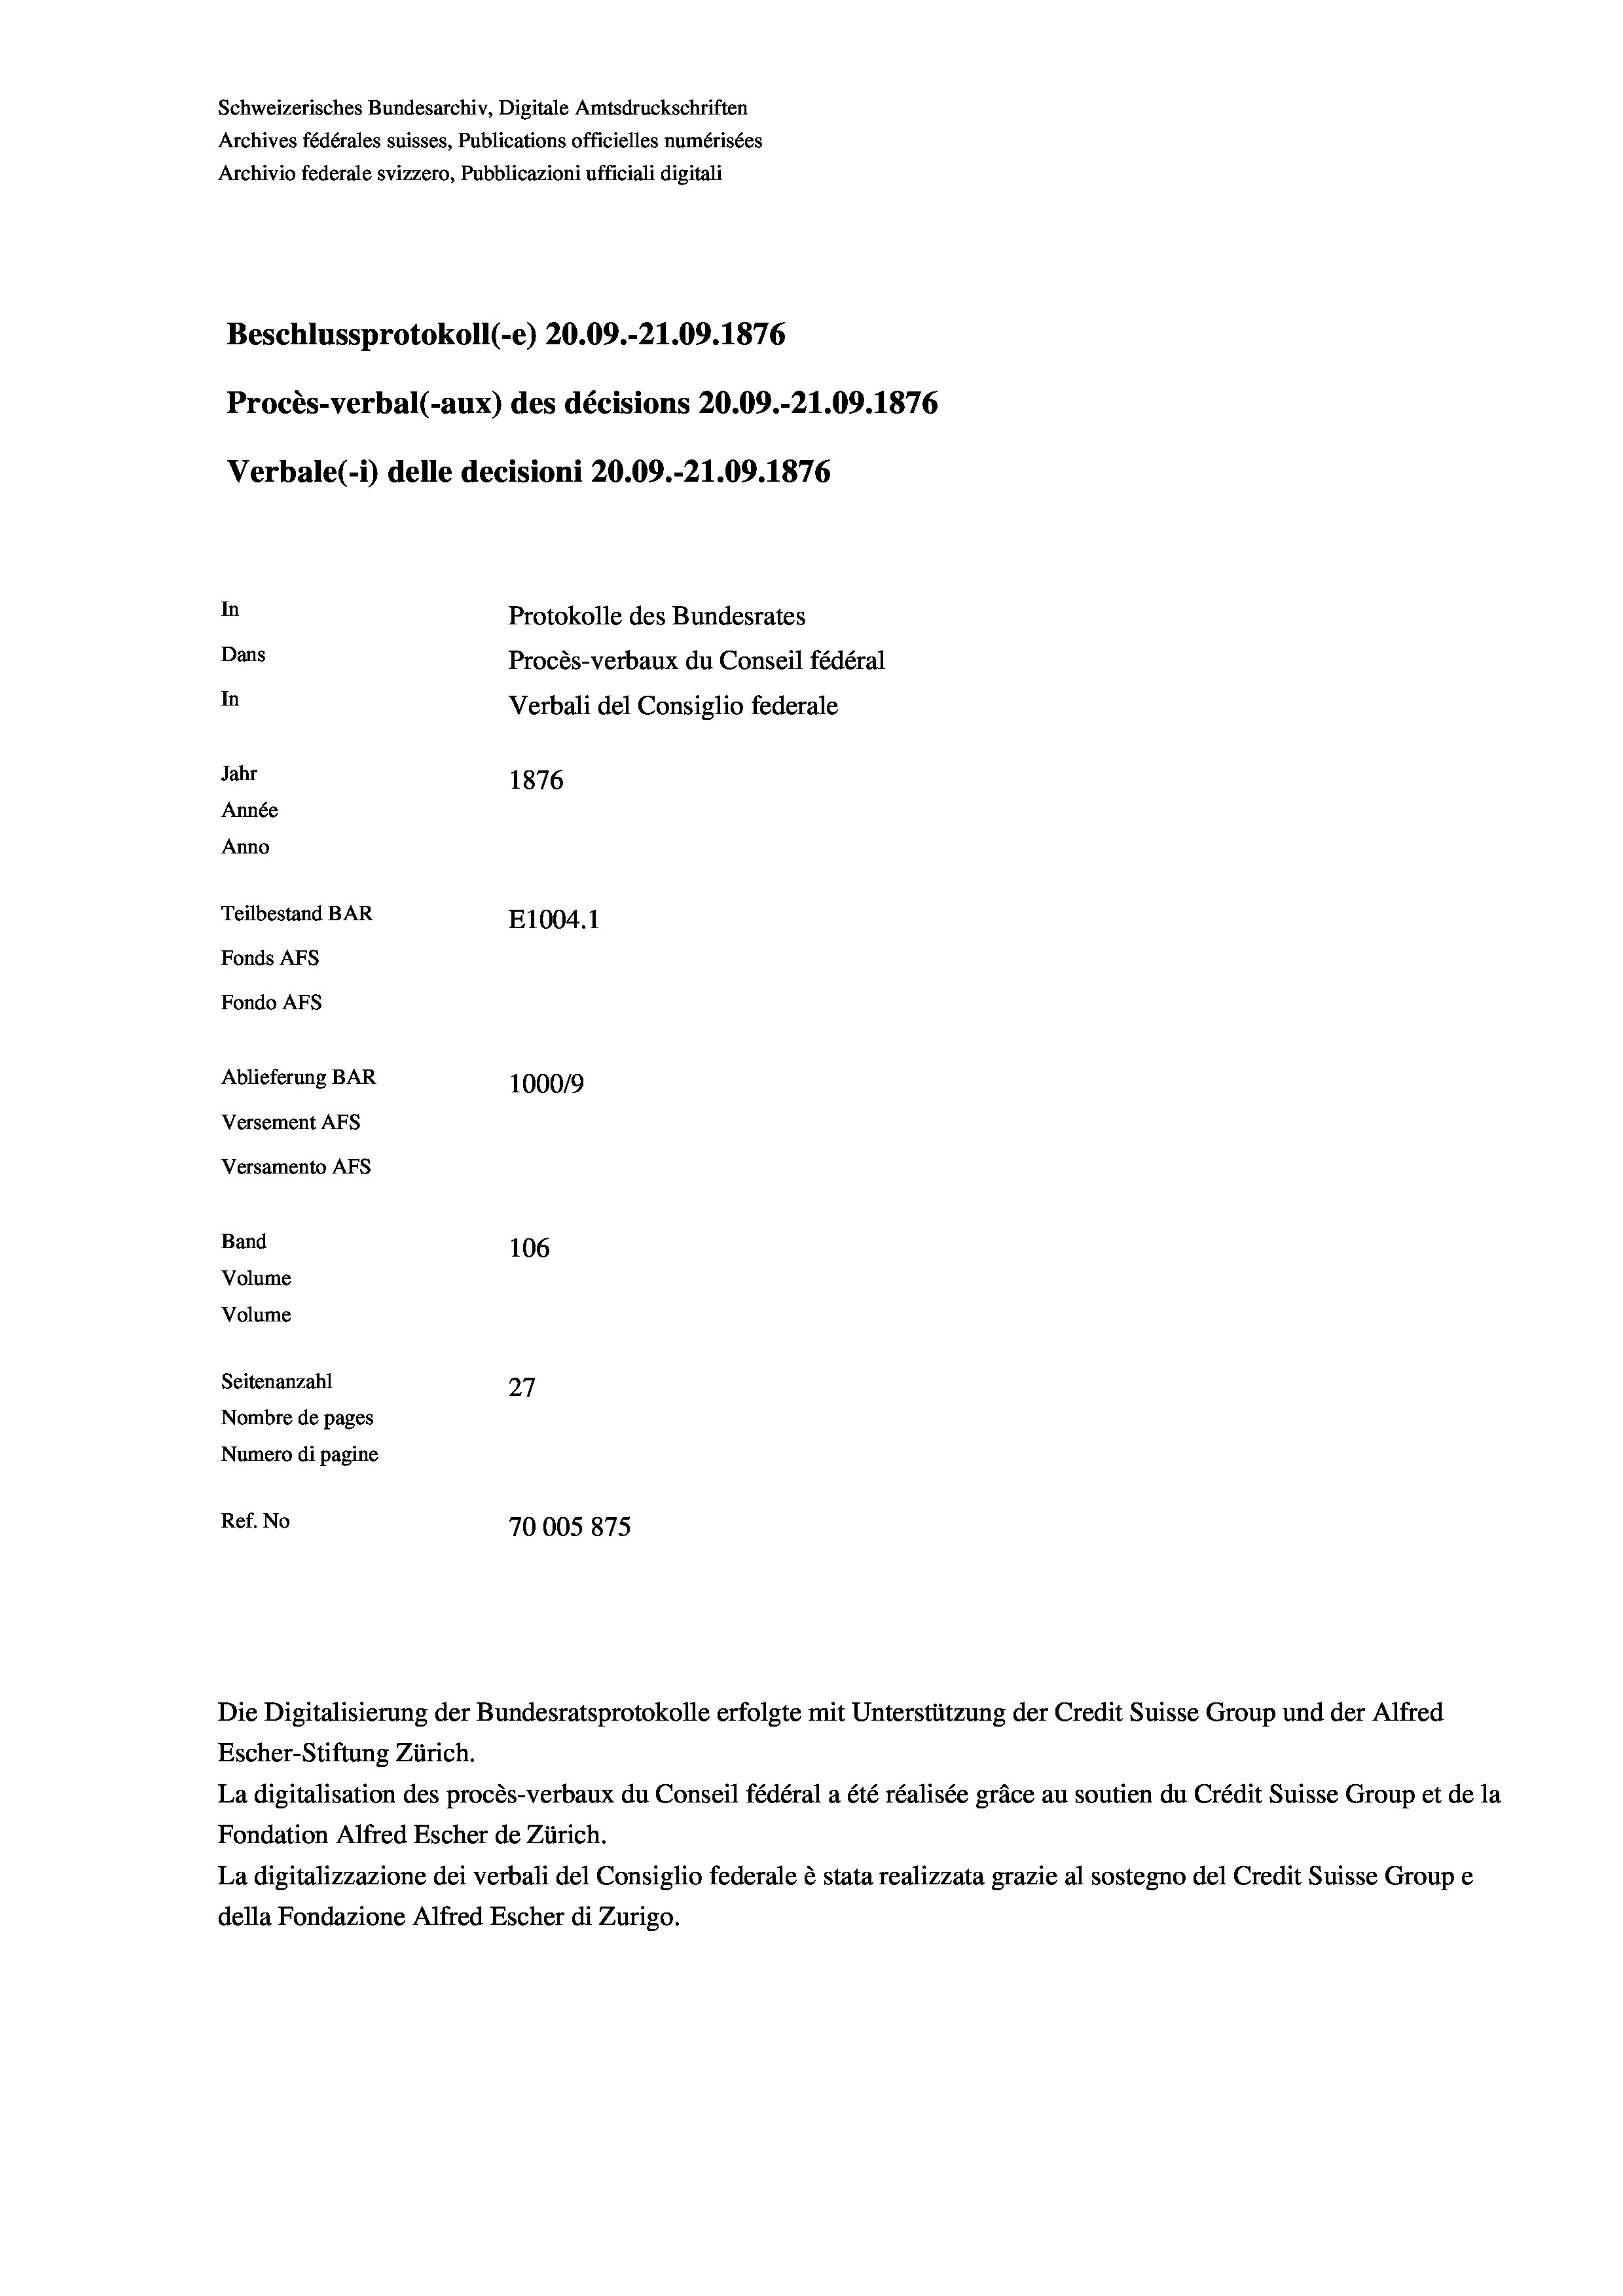
Schweizerisches Bundesarchiv, Digitale Amtsdruckschriften
Archives fédérales suisses, Publications officielles numérisées
Archivio federale svizzero, Pubblicazioni ufficiali digitali
Beschlussprotokoll (-e) 20.09.-21.09. 1876
Procès-verbal (-aux) des décisions 20.09.-21.09. 1876
Verbale (i) delle decisioni 20.09.-21.09. 1876
In
Protokolle des Bundesrates
Dans
Procès-verbaux du Conseil fédéral
In
Verbali del Consiglio federale
Jahr
1876
Année
Anno
Teilbestand BAR
E1004. 1
Fonds AFs
Fondo Afs
Ablieferung BAR
100019
Versement AFs
Versamento AFs
Band
106
Volume
Volume

Seitenanzahl
27
Nombre de pages
Numero di pagine
Ref. No
70005875

Die Digitalisierung der Bundesratsprotokolle erfolgte mit Unterstützung der Credit Suisse Group und der Alfred
Escher-Stiftung Zürich.
La digitalisation des procès-verbaux du Conseil fédéral a été réalisée gräce au soutien du Crédit Suisse Group et de la
Fondation Alfred Escher de Zürich.
La digitalizzazione dei verbali del Consiglio federale è stata realizzata grazie al sostegno del Credit Suisse Groupe
della Fondazione Alfred Escher di Zurigo.